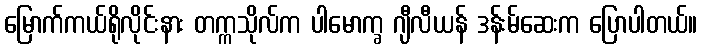
မြောက်ကယ်ရိုလိုင်းနား တက္ကသိုလ်က ပါမောက္ခ ဂျီလီယန် ဒန်းမ်ဆေးက ပြောပါတယ်။